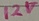
Text: 12V